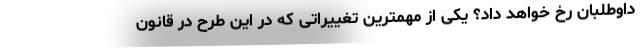
داوطلبان رخ خواهد داد؟ یکی از مهمترین تغییراتی که در این طرح در قانون